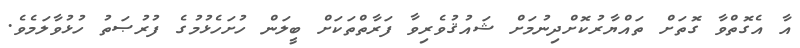
އާ އެގޮތްވާ ގޮތަށް ތައްޔާރުކޮށްދިނުމަށް ޝައުޤުވެރިވާ ފަރާތްތަކަށް ބީލަން ހުށަހެޅުމުގެ ފުރުޞަތު ހުޅުވާލަމެވެ.